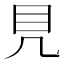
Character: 𥃯